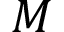
M